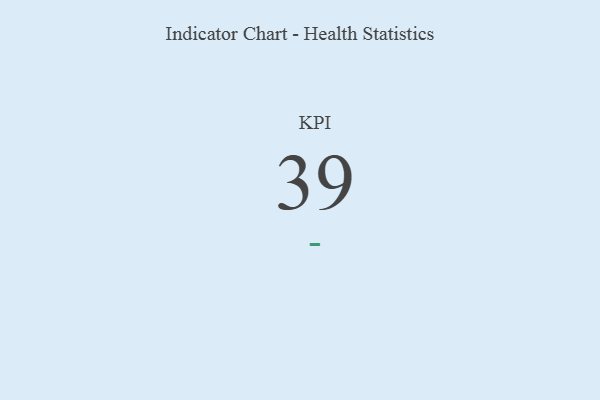
{"axis": {"x": "KPI", "y": "Value"}, "legend": [""], "data": [{"x": "KPI", "y": 39, "type": ""}]}